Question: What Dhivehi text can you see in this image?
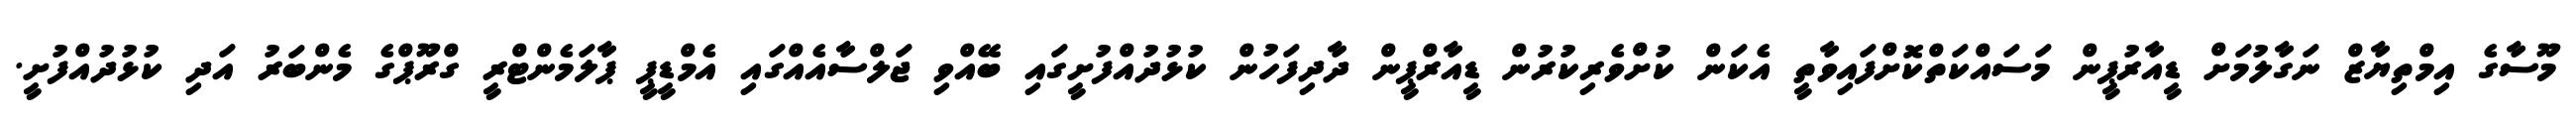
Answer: މޫސާގެ އިމްތިޔާޒް ނަގާލުމަށް ޑީއާރުޕީން މަސައްކަތްކޮށްފައިވާތީ އެކަން ކުށްވެރިކުރުން ޑީއާރްޕީން ދާދިފަހުން ކުޅުދުއްފުށީގައި ބޭއްވި ޖަލްސާއެއްގައި އެމްޑީޕީ ޕާލަމެންޓްރީ ގްރޫޕްގެ މެންބަރު އަދި ކުޅުދުއްފުށީ.